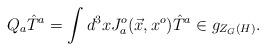
LaTeX: \begin{align*}Q_a{\hat T}^a= \int d^3x J^o_a(\vec x,x^o){\hat T}^a \in g_{Z_G(H)}.\end{align*}